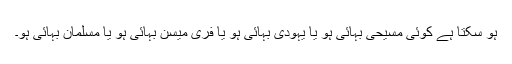
ہو سکتا ہے کوئی مسیحی بہائی ہو یا یہودی بہائی ہو یا فری میسن بہائی ہو یا مسلمان بہائی ہو۔